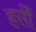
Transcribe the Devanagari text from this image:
हर्सीं